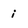
Character: i